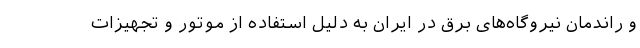
و راندمان نیروگاه‌های برق در ایران به دلیل استفاده از موتور و تجهیزات